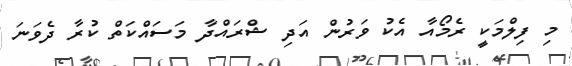
މި ފިލްމަކީ ރެމޯއާ އެކު ވަރުން އަދި ޝްރައްދާ މަސައްކަތް ކުރާ ދެވަނަ